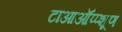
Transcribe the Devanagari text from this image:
टाआऑंप्प्शूण